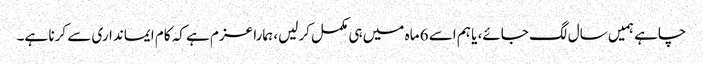
چاہے ہمیں سال لگ جائے، یا ہم اسے 6 ماہ میں ہی مکمل کرلیں، ہمارا عزم ہے کہ کام ایمانداری سے کرنا ہے۔